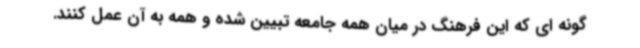
گونه ای که این فرهنگ در میان همه جامعه تبیین شده و همه به آن عمل کنند.